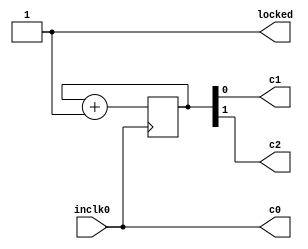
module pll (
	input wire inclk0,
	output wire c0,
	output wire c1,
	output wire c2,
	output wire locked
	);

	reg[1:0] clk = 2'b00;

	always @(posedge inclk0)
    clk <= clk + 1;

  assign c0 = inclk0;
  assign c1 = clk[0];
  assign c2 = clk[1];
  assign locked = 1'b1;

endmodule